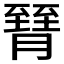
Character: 𦠮